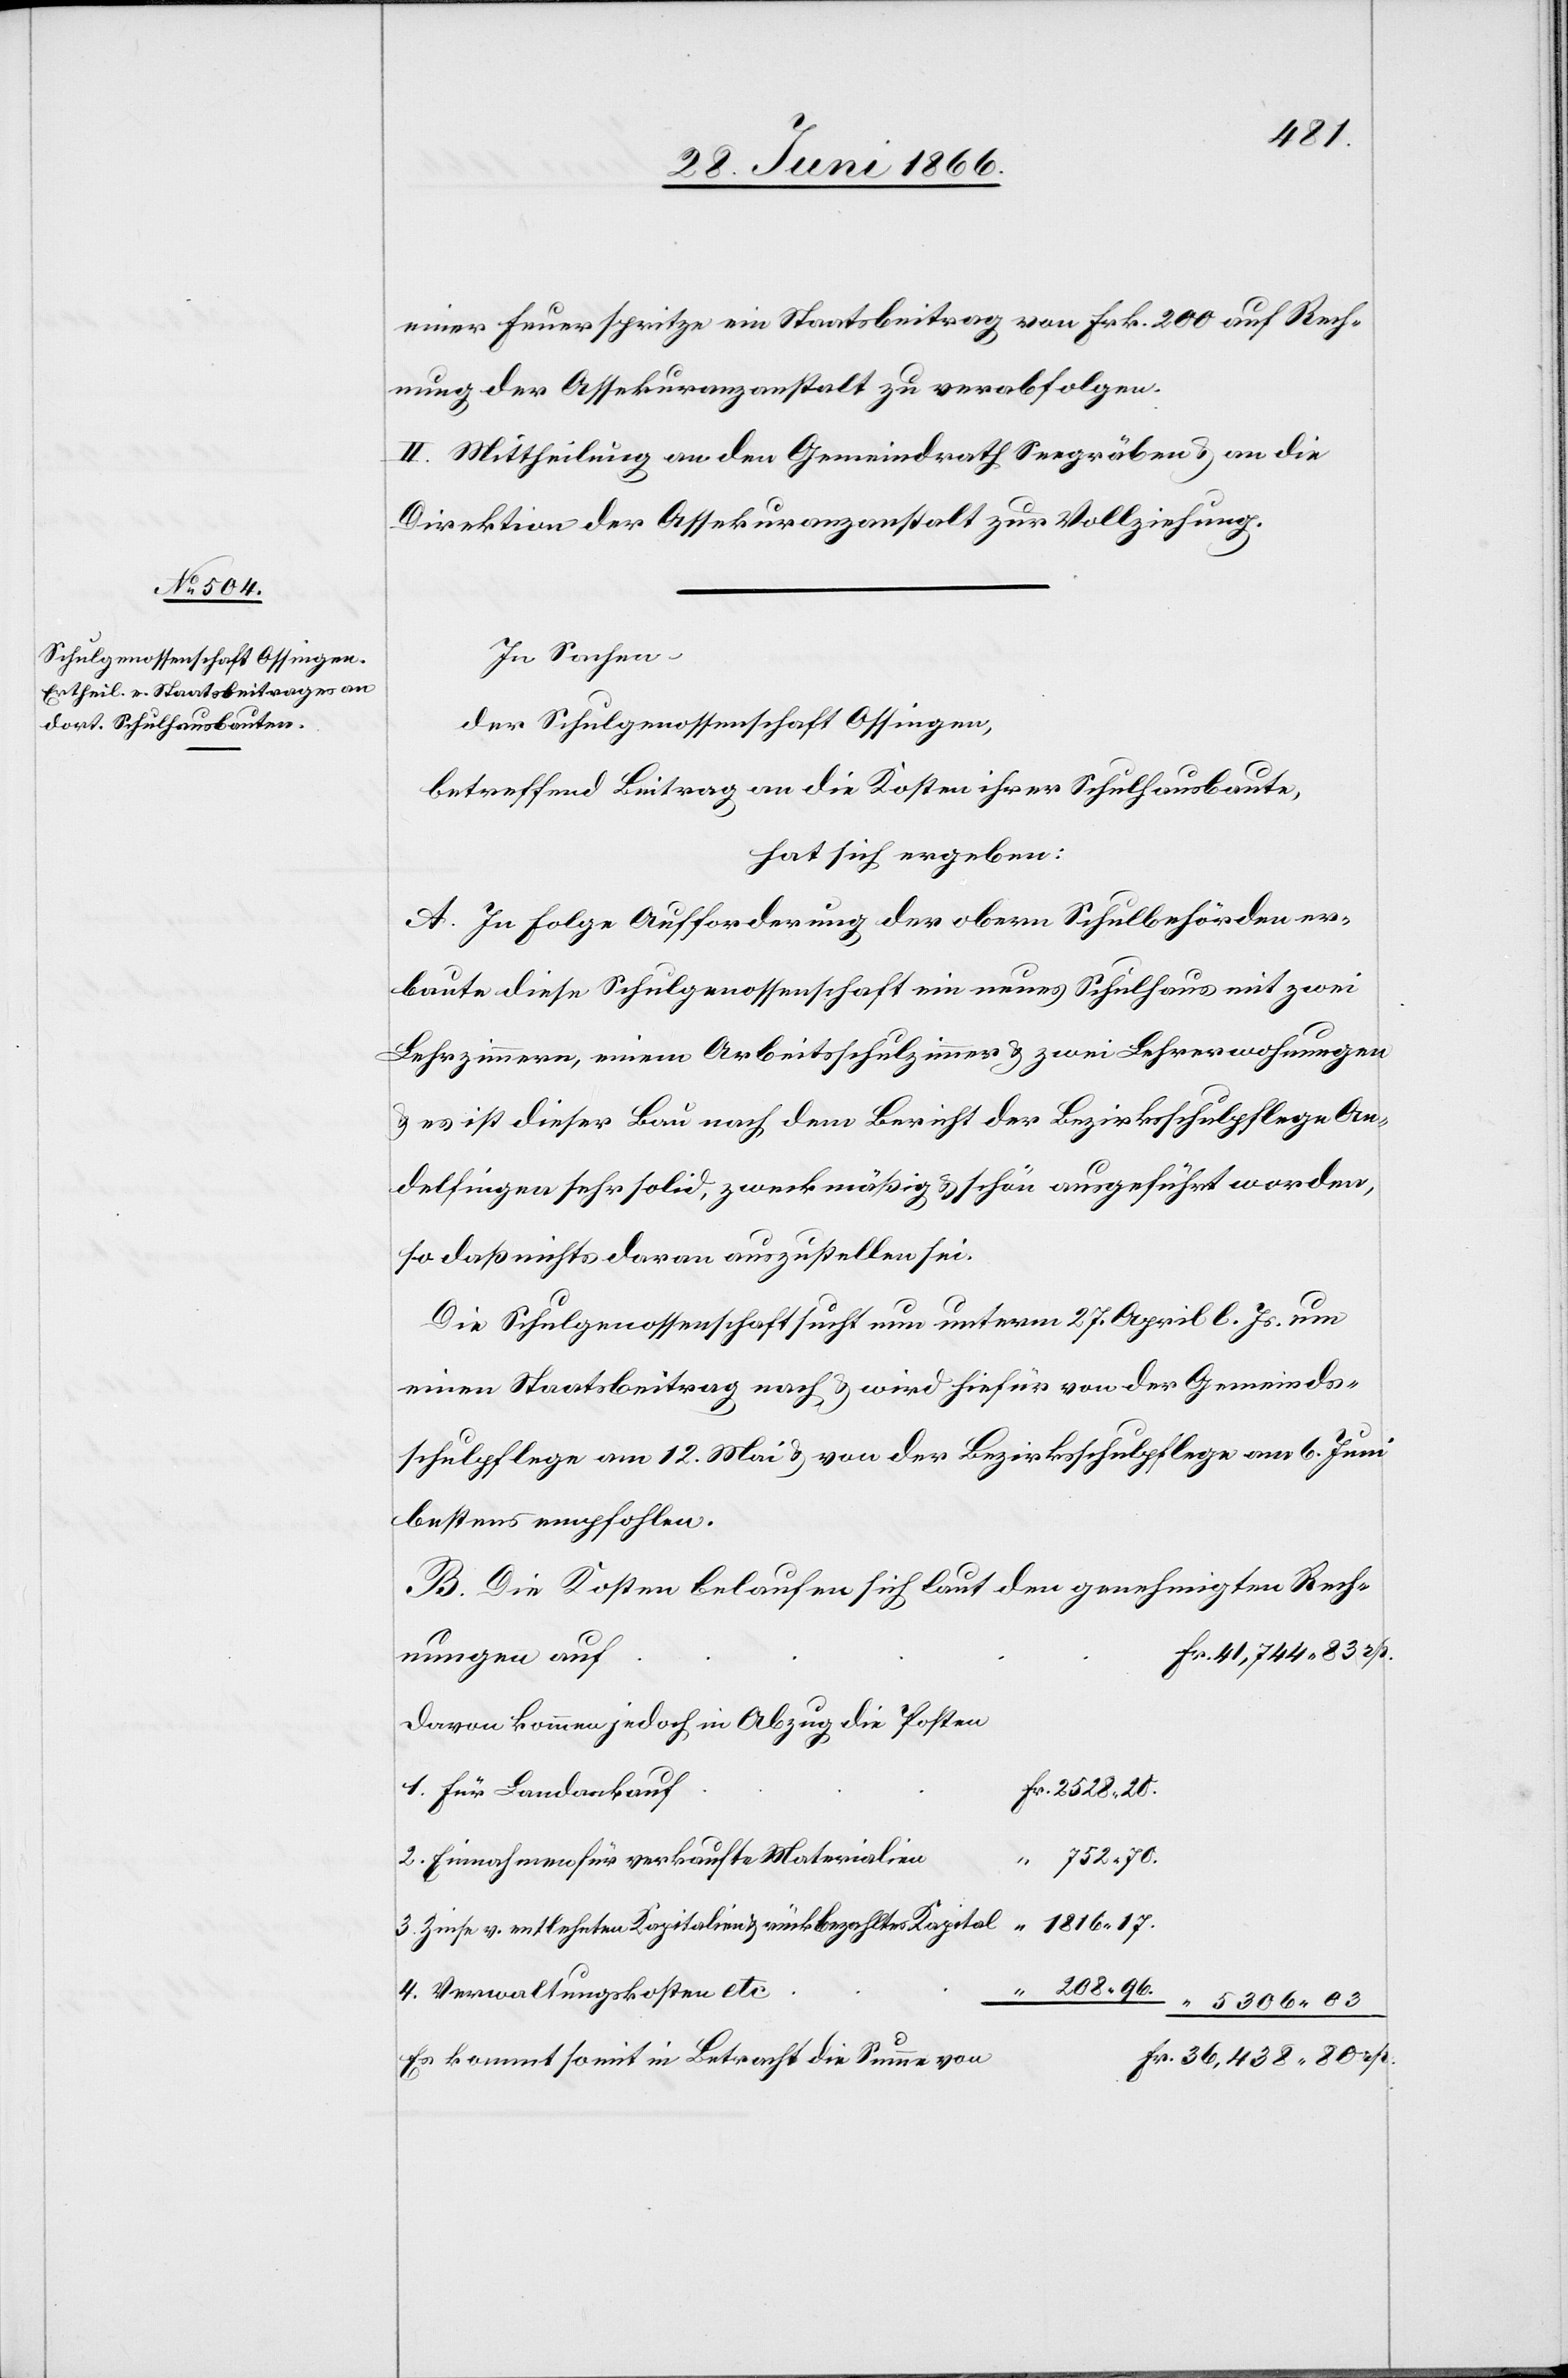
438.80
einer Feuerspritze ein Staatsbeitrag von Frk. 200 auf Rech¬
nung der Assekuranzanstalt zu verabfolgen.
II. Mittheilung an den Gemeindrath Seegräben u. an die
Direktion der Assekuranzanstalt zur Vollziehung.
In Sachen
der Schulgenossenschaft Ossingen,
betreffend Beitrag an die Kosten ihrer Schulhausbaute,
hat sich ergeben:
A. In Folge Aufforderung der obern Schulbehörden er¬
baute diese Schulgenossenschaft ein neues Schulhaus mit zwei
Lehrzimmern, einem Arbeitsschulzimmer u. zwei Lehrerwohnungen
u. es ist dieser Bau nach dem Bericht der Bezirksschulpflege An¬
delfingen sehr solid u. zweckmäßig u. schön ausgeführt worden,
so daß nichts daran auszustellen sei.
Die Schulgenossenschaft sucht nun unterm 27. April l. Js. um
einen Staatsbeitrag nach u. wird hiefür von der Gemeinds¬
schulpflege am 12. Mai u. von der Bezirksschulpflege am 6. Juni
bestens empfohlen.
B. Die Kosten belaufen sich laut den genehmigten Rech¬
nungen auf
davon kommen jedoch in Abzug die Posten
für Landankauf
752.70.
Einnahmen für verkaufte Materialien
Fr.
1816.17.
Zinse v. entlehnten Kapitalien u. rückbezahltes Kapital
208.96.
Verwaltungskosten etc
“
Es kommt somit in Betracht die Summe von